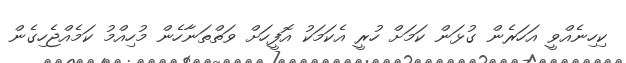
ކިހިނެއްވީ އަހަރެން ގުޅަން ކަމަށް ހުރީ އެކަމަކު އޮފީހަށް ވަތްތަނާހެން މުހިއްމު ކަމެއްޖެހިގެން